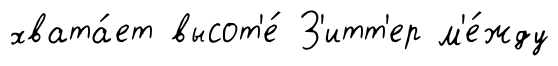
хвата́ет высот'е́ З'итт'ер м'е́жду